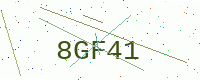
Text: 8GF41